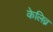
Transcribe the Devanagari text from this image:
केलिव्न